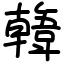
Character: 𩏑